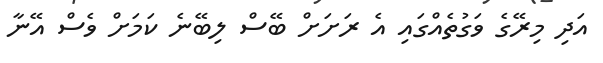
އަދި މިރޭގެ ވަގުތެއްގައި އެ ރަށަށް ބޭސް ލިބޭނެ ކަމަށް ވެސް އޭނާ